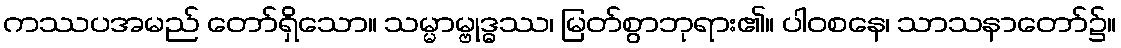
ကဿပအမည် တော်ရှိသော။ သမ္မာမ္ဗုဒ္ဓဿ၊ မြတ်စွာဘုရား၏။ ပါဝစနေ၊ သာသနာတော်၌။